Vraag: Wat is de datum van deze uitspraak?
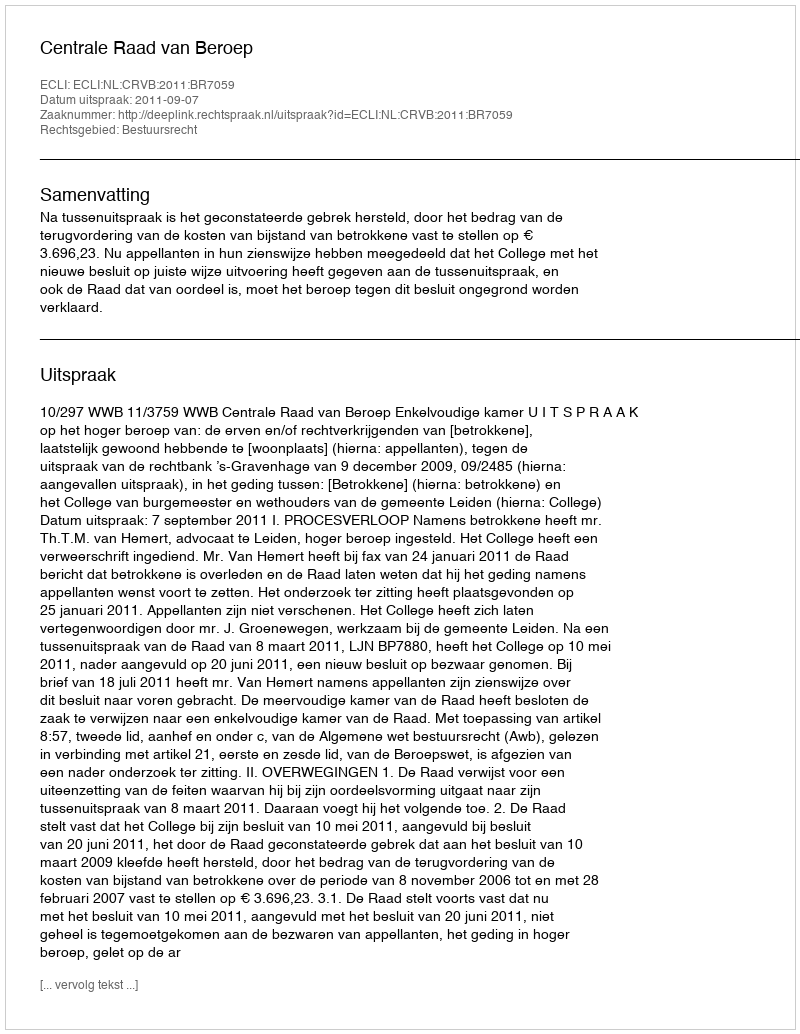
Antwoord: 2011-09-07